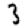
Digit: 3